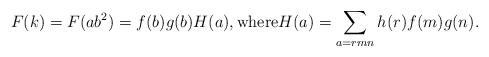
LaTeX: \begin{align*} F(k)=F(ab^2)=f(b)g(b) H(a), \textrm{where} H(a) = \sum_{a=rmn} h(r) f(m) g(n). \end{align*}